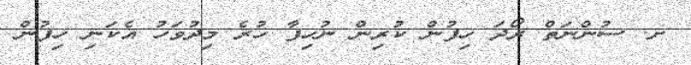
ށ. ސުންނަތް ރޯދަ ހިފުން ކުރިން ނުހިފާ ހުރެ މިދުވަހު އެކަނި ހިފުން